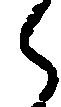
ら